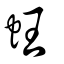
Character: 蚟